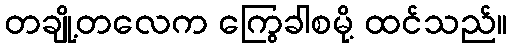
တချို့တလေက ကြွေခါစမို့ ထင်သည်။